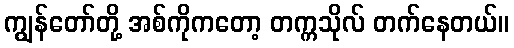
ကျွန်တော်တို့ အစ်ကိုကတော့ တက္ကသိုလ် တက်နေတယ်။